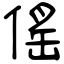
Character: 傜